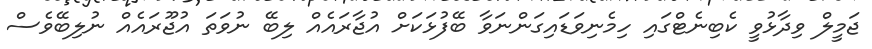
ޖަމީލް ވިދާޅުވީ ކެބިނެޓްގައި ހިމެނިވަޑައިގަންނަވާ ބޭފުޅަކަށް އުޖާރައެއް ލިބޭ ނުވަތަ އުޖޫރައެއް ނުލިބޭވެސް